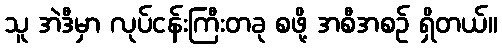
သူ အဲဒီမှာ လုပ်ငန်းကြီးတခု စဖို့ အစီအစဉ် ရှိတယ်။